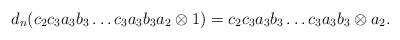
\begin{align*}d_n(c_2c_3a_3b_3 \dots c_3a_3b_3a_2 \otimes 1) = c_2c_3a_3b_3 \dots c_3a_3b_3 \otimes a_2.\end{align*}